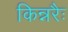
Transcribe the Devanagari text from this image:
किन्नरैः